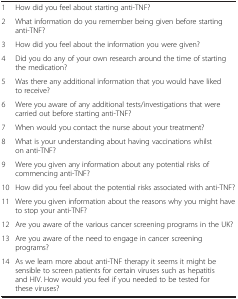
<table><thead><tr><td colspan="2"><b> </b></td></tr></thead><tbody><tr><td>1</td><td>How did you feel about starting anti-TNF?</td></tr><tr><td>2</td><td>What information do you remember being given before starting anti-TNF?</td></tr><tr><td>3</td><td>How did you feel about the information you were given?</td></tr><tr><td>4</td><td>Did you do any of your own research around the time of starting the medication?</td></tr><tr><td>5</td><td>Was there any additional information that you would have liked to receive?</td></tr><tr><td>6</td><td>Were you aware of any additional tests/investigations that were carried out before starting anti-TNF?</td></tr><tr><td>7</td><td>When would you contact the nurse about your treatment?</td></tr><tr><td>8</td><td>What is your understanding about having vaccinations whilst on anti-TNF?</td></tr><tr><td>9</td><td>Were you given any information about any potential risks of commencing anti-TNF?</td></tr><tr><td>10</td><td>How did you feel about the potential risks associated with anti-TNF?</td></tr><tr><td>11</td><td>Were you given information about the reasons why you might have to stop your anti-TNF?</td></tr><tr><td>12</td><td>Are you aware of the various cancer screening programs in the UK?</td></tr><tr><td>13</td><td>Are you aware of the need to engage in cancer screening programs?</td></tr><tr><td>14</td><td>As we learn more about anti-TNF therapy it seems it might be sensible to screen patients for certain viruses such as hepatitis and HIV. How would you feel if you needed to be tested for these viruses?</td></tr></tbody></table>